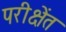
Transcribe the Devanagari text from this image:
परीक्षेंत